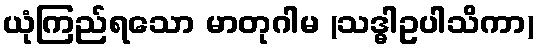
ယုံကြည်ရသော မာတုဂါမ (သဒ္ဓါဥပါသိကာ)